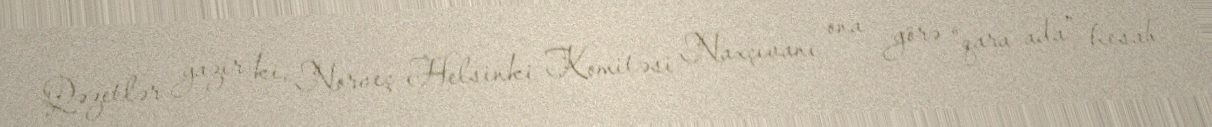
Qəzetlər yazır ki, Norveç Helsinki Komitəsi Naxçıvanı ona görə “qara ada” hesab